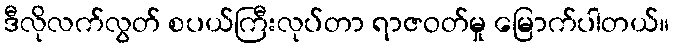
ဒီလိုလက်လွတ် စပယ်ကြီးလုပ်တာ ရာဇဝတ်မှု မြောက်ပါတယ်။